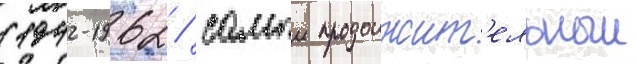
(1942-1962 / самыи продолжит'ельныи